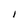
Character: I